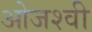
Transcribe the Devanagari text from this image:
ओजश्वी